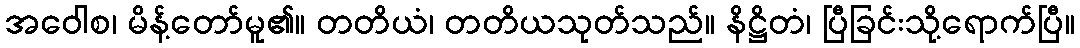
အဝေါစ၊ မိန့်တော်မူ၏။ တတိယံ၊ တတိယသုတ်သည်။ နိဋ္ဌိတံ၊ ပြီခြင်းသို့ရောက်ပြီ။